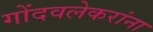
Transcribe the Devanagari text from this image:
गोंदवलेकरांना